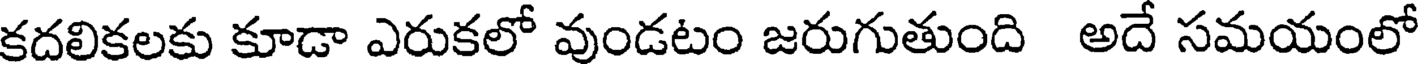
కదలికలకు కూడా ఎరుకలో వుండటం జరుగుతుంది అదే సమయంలో